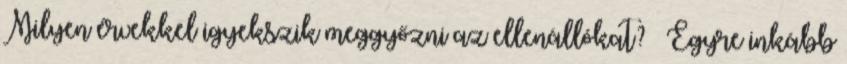
Milyen érvekkel igyekszik meggyőzni az ellenállókat? – Egyre inkább